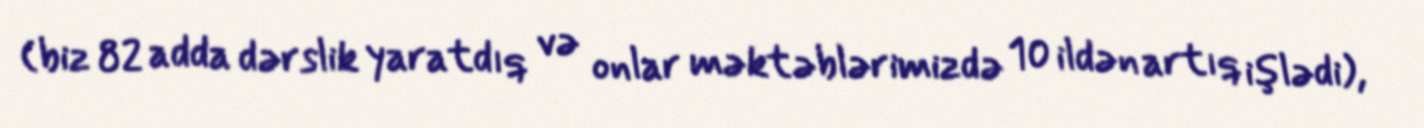
(biz 82 adda dərslik yaratdıq və onlar məktəblərimizdə 10 ildən artıq işlədi),